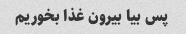
پس بیا بیرون غذا بخوریم